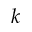
k